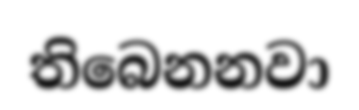
තිබෙනනවා